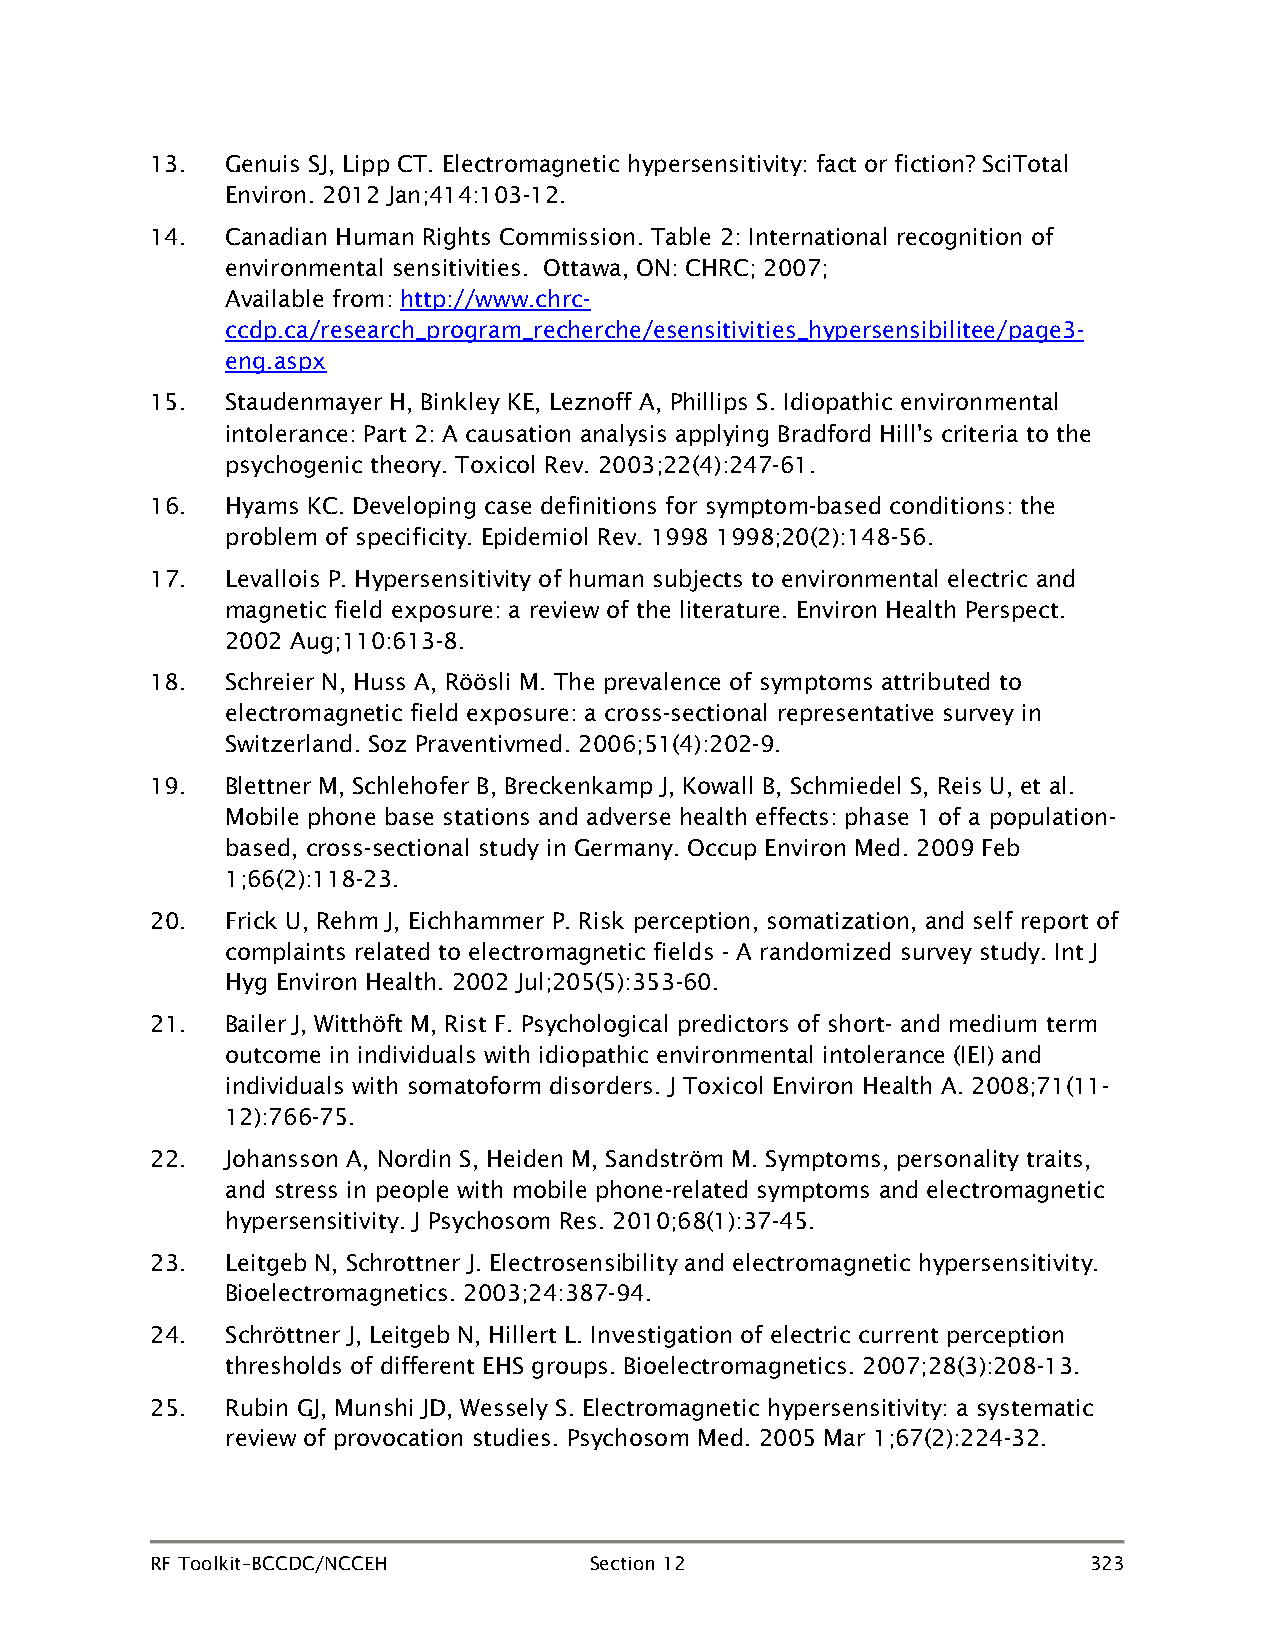
13.  Genuis SJ, Lipp CT. Electromagnetic hypersensitivity: fact or fiction? SciTotal
 Environ. 2012 Jan;414:103-12.
 14.  Canadian Human Rights Commission. Table 2: International recognition of
 environmental sensitivities. Ottawa, ON: CHRC; 2007;
 Available from: http://www.chrc-
 ccdp.ca/research_program_recherche/esensitivities_hypersensibilitee/page3-
 eng.aspx
 15.  Staudenmayer H, Binkley KE, Leznoff A, Phillips S. Idiopathic environmental
 intolerance: Part 2: A causation analysis applying Bradford Hill's criteria to the
 psychogenic theory. Toxicol Rev. 2003;22(4):247-61.
 16.  Hyams KC. Developing case definitions for symptom-based conditions: the
 problem of specificity. Epidemiol Rev. 1998 1998;20(2):148-56.
 17.  Levallois P. Hypersensitivity of human subjects to environmental electric and
 magnetic field exposure: a review of the literature. Environ Health Perspect.
 2002 Aug;110:613-8.
 18.  Schreier N, Huss A, Röösli M. The prevalence of symptoms attributed to
 electromagnetic field exposure: a cross-sectional representative survey in
 Switzerland. Soz Praventivmed. 2006;51(4):202-9.
 19.  Blettner M, Schlehofer B, Breckenkamp J, Kowall B, Schmiedel S, Reis U, et al.
 Mobile phone base stations and adverse health effects: phase 1 of a population-
 based, cross-sectional study in Germany. Occup Environ Med. 2009 Feb
 1;66(2):118-23.
 20.  Frick U, Rehm J, Eichhammer P. Risk perception, somatization, and self report of
 complaints related to electromagnetic fields - A randomized survey study. Int J
 Hyg Environ Health. 2002 Jul;205(5):353-60.
 21.  Bailer J, Witthöft M, Rist F. Psychological predictors of short- and medium term
 outcome in individuals with idiopathic environmental intolerance (IEI) and
 individuals with somatoform disorders. J Toxicol Environ Health A. 2008;71(11-
 12):766-75.
 22.  Johansson A, Nordin S, Heiden M, Sandström M. Symptoms, personality traits,
 and stress in people with mobile phone-related symptoms and electromagnetic
 hypersensitivity. J Psychosom Res. 2010;68(1):37-45.
 23.  Leitgeb N, Schrottner J. Electrosensibility and electromagnetic hypersensitivity.
 Bioelectromagnetics. 2003;24:387-94.
 24.  Schröttner J, Leitgeb N, Hillert L. Investigation of electric current perception
 thresholds of different EHS groups. Bioelectromagnetics. 2007;28(3):208-13.
 25.  Rubin GJ, Munshi JD, Wessely S. Electromagnetic hypersensitivity: a systematic
 review of provocation studies. Psychosom Med. 2005 Mar 1;67(2):224-32.
 RF Toolkit–BCCDC/NCCEH       Section 12                       323